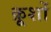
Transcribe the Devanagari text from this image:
क्रूशों